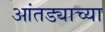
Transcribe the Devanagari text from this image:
आंतड्याच्या